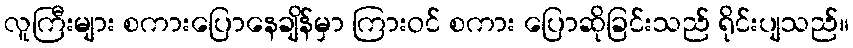
လူကြီးများ စကားပြောနေချိန်မှာ ကြားဝင် စကား ပြောဆိုခြင်းသည် ရိုင်းပျသည်။